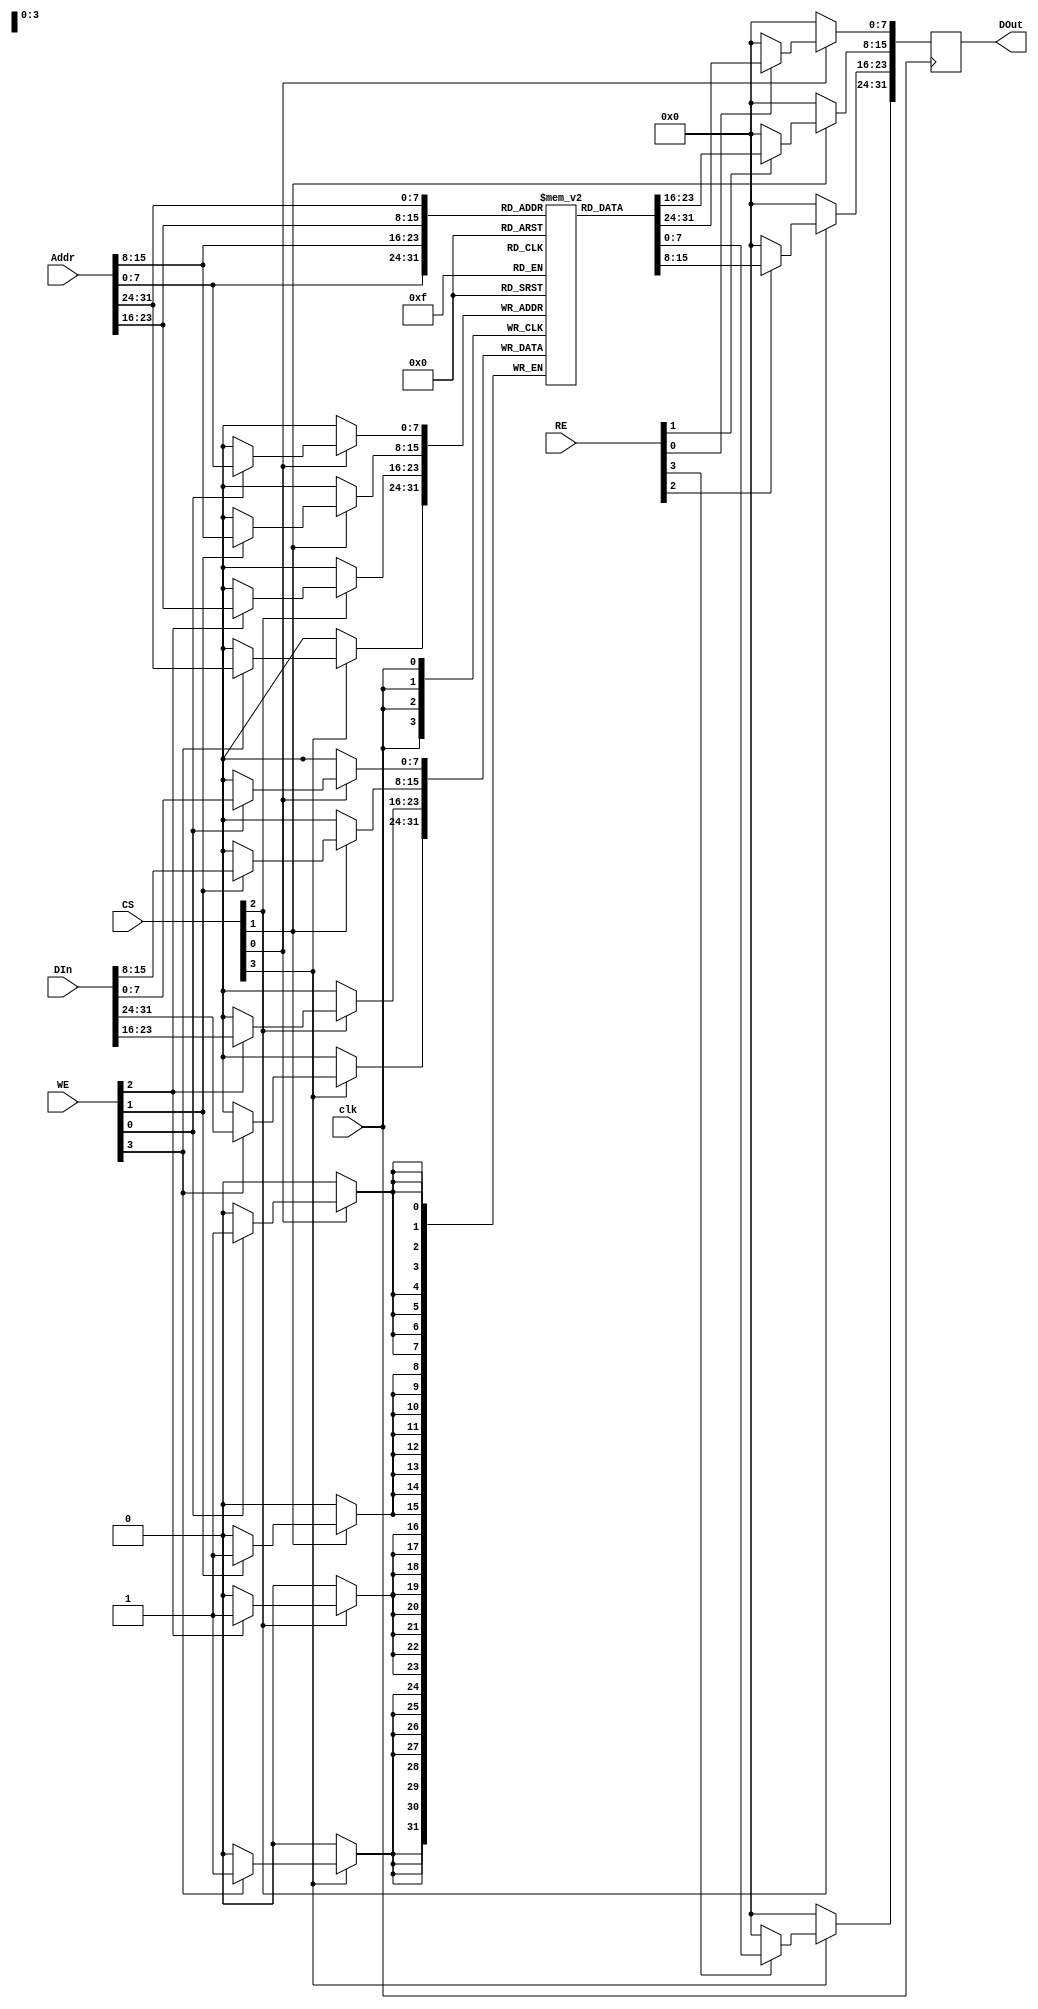
module MPSRAM #(
    parameter DATA_WIDTH = 8,
    parameter ADDR_WIDTH = 8,
    parameter PORT_COUNT = 4,
    parameter MEM_DEPTH = 1 << ADDR_WIDTH
) (
    input wire clk,
    // Port signals
    input wire [PORT_COUNT-1:0] CS,             // Chip Select for each port
    input wire [PORT_COUNT-1:0] RE,              // Read Enable for each port
    input wire [PORT_COUNT-1:0] WE,              // Write Enable for each port
    input wire [PORT_COUNT*ADDR_WIDTH-1:0] Addr, // Address for each port
    input wire [PORT_COUNT*DATA_WIDTH-1:0] DIn,  // Data Input for each port
    output reg [PORT_COUNT*DATA_WIDTH-1:0] DOut  // Data Output for each port
);

    // Memory array
    reg [DATA_WIDTH-1:0] memory [0:MEM_DEPTH-1];
    
    // Port access logic
    integer i;
    always @(posedge clk) begin
        // Default outputs
        DOut <= {PORT_COUNT*DATA_WIDTH{1'b0}};
        
        for (i = 0; i < PORT_COUNT; i = i + 1) begin
            if (CS[i]) begin
                if (WE[i]) begin
                    // Write operation
                    memory[Addr[i*ADDR_WIDTH +: ADDR_WIDTH]] <= DIn[i*DATA_WIDTH +: DATA_WIDTH];
                end
                if (RE[i]) begin
                    // Read operation
                    DOut[i*DATA_WIDTH +: DATA_WIDTH] <= memory[Addr[i*ADDR_WIDTH +: ADDR_WIDTH]];
                end
            end
        end
    end

endmodule